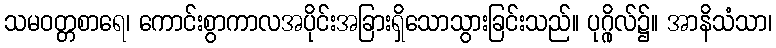
သမဝတ္တစာရေ၊ ကောင်းစွာကာလအပိုင်းအခြားရှိသောသွားခြင်းသည်။ ပုဂ္ဂိုလ်၌။ အာနိသံသာ၊